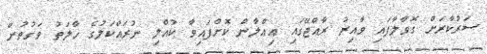
ސަރުކާރަށް ގޮވާލާފައި ވާއިރު ރާއްޖޭގައި އިޢްލާން ކޮށްފައިވާ ކުއްލި ނުރައްކަލުގެ ހާލަތު ވަގުތުން